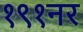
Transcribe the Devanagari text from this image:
१९१नर